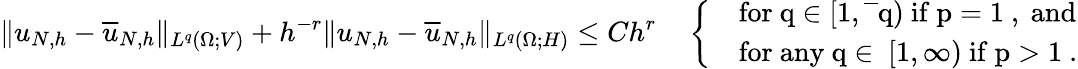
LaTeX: \| u_{N,h}-\overline{u}_{N,h}\| _{L^{q}(\Omega;V)}+h^{-r}\| u_{N,h}-\overline{u}_{N,h}\| _{L^{q}(\Omega;H)}\le Ch^{r}\quad\left\{ \begin{array}{ll}&{\mathrm{for~q\in[1,\overline{~}q)~if~p=1~,~and}}\\ &{\mathrm{for~any~q\in~[1,\infty)~if~p>1~}.}\end{array}\right.